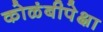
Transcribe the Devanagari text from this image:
कोळंबीपेक्षा